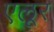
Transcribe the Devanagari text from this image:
एलूर